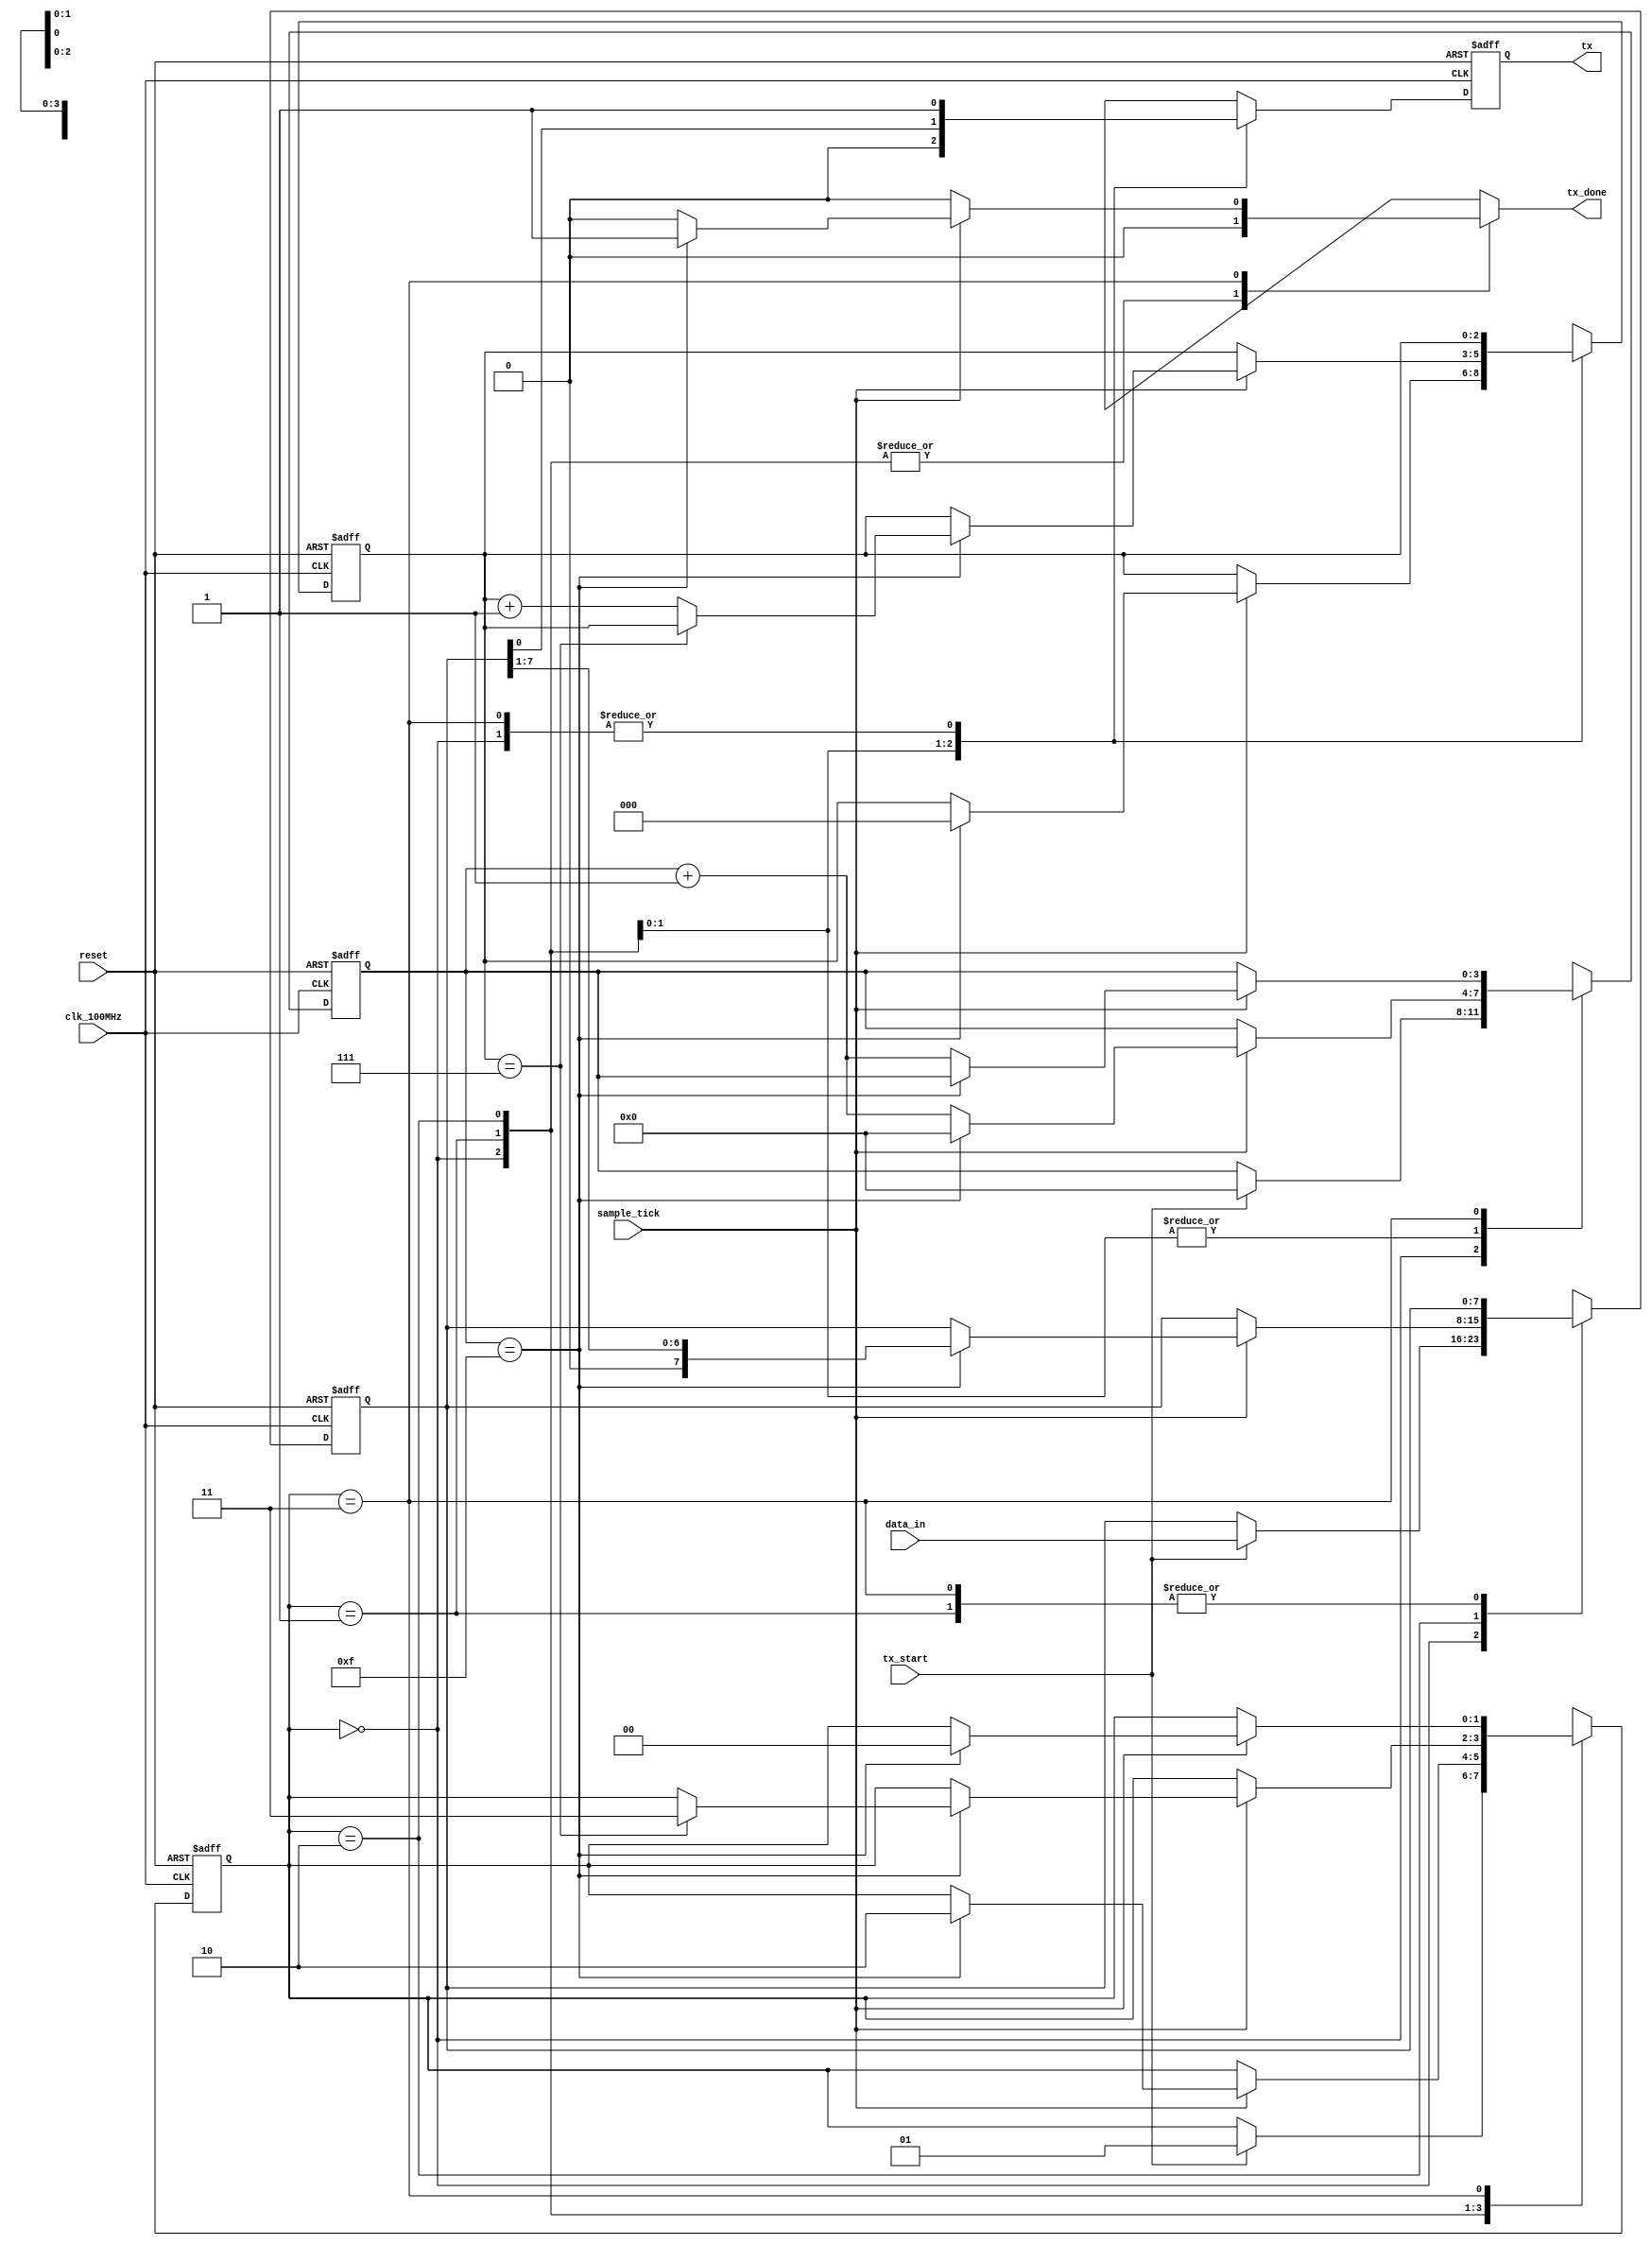
`timescale 1ns / 1ps
//////////////////////////////////////////////////////////////////////////////////
// Reference Book: FPGA Prototyping By Verilog Examples Xilinx Spartan-3 Version
// Authored by: Dr. Pong P. Chu
// Published by: Wiley
//
// Adapted for the Basys 3 Artix-7 FPGA by David J. Marion
//Adapted for the Nexys 4 DDR FPGA by Moutloatsi Setlogelo
// UART Transmitter for the UART System
//
// Comments:
// - Many of the variable names have been changed for clarity
//////////////////////////////////////////////////////////////////////////////////

module uart_transmitter
    #(
        parameter   DBITS = 8,          // number of data bits
                    SB_TICK = 16        // number of stop bit / oversampling ticks (1 stop bit)
    )
    (
        input clk_100MHz,               // Neyxs FPGA
        input reset,                    // reset
        input tx_start,                 // begin data transmission (FIFO NOT empty)
        input sample_tick,              // from baud rate generator
        input [DBITS-1:0] data_in,      // data word from FIFO
        output reg tx_done,             // end of transmission
        output tx                       // transmitter data line
    );
    
    // State Machine States
    localparam [1:0]    idle  = 2'b00,
                        start = 2'b01,
                        data  = 2'b10,
                        stop  = 2'b11;
    
    // Registers                    
    reg [1:0] state, next_state;            // state registers
    reg [3:0] tick_reg, tick_next;          // number of ticks received from baud rate generator
    reg [2:0] nbits_reg, nbits_next;        // number of bits transmitted in data state
    reg [DBITS-1:0] data_reg, data_next;    // assembled data word to transmit serially
    reg tx_reg, tx_next;                    // data filter for potential glitches
    
    // Register Logic
    always @(posedge clk_100MHz, posedge reset)
        if(reset) begin
            state <= idle;
            tick_reg <= 0;
            nbits_reg <= 0;
            data_reg <= 0;
            tx_reg <= 1'b1;
        end
        else begin
            state <= next_state;
            tick_reg <= tick_next;
            nbits_reg <= nbits_next;
            data_reg <= data_next;
            tx_reg <= tx_next;
        end
    
    // State Machine Logic
    always @* begin
        next_state = state;
        tx_done = 1'b0;
        tick_next = tick_reg;
        nbits_next = nbits_reg;
        data_next = data_reg;
        tx_next = tx_reg;
        
        case(state)
            idle: begin                     // no data in FIFO
                tx_next = 1'b1;             // transmit idle
                if(tx_start) begin          // when FIFO is NOT empty
                    next_state = start;
                    tick_next = 0;
                    data_next = data_in;
                end
            end
            
            start: begin
                tx_next = 1'b0;             // start bit
                if(sample_tick)
                    if(tick_reg == 15) begin
                        next_state = data;
                        tick_next = 0;
                        nbits_next = 0;
                    end
                    else
                        tick_next = tick_reg + 1;
            end
            
            data: begin
                tx_next = data_reg[0];
                if(sample_tick)
                    if(tick_reg == 15) begin
                        tick_next = 0;
                        data_next = data_reg >> 1;
                        if(nbits_reg == (DBITS-1))
                            next_state = stop;
                        else
                            nbits_next = nbits_reg + 1;
                    end
                    else
                        tick_next = tick_reg + 1;
            end
            
            stop: begin
                tx_next = 1'b1;         // back to idle
                if(sample_tick)
                    if(tick_reg == (SB_TICK-1)) begin
                        next_state = idle;
                        tx_done = 1'b1;
                    end
                    else
                        tick_next = tick_reg + 1;
            end
        endcase    
    end
    
    // Output Logic
    assign tx = tx_reg;
 
endmodule